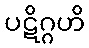
ပဋိဂ္ဂဟိ